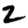
Digit: 2